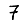
Digit: 7